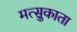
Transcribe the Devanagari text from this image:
मत्सुकाता